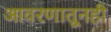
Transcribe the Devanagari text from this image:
आवरणातूनही